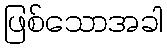
ဖြစ်သောအခါ